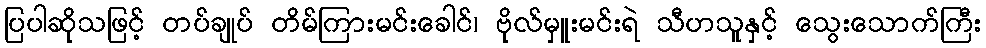
ပြပါဆိုသဖြင့် တပ်ချုပ် တိမ်ကြားမင်းခေါင်၊ ဗိုလ်မှူးမင်းရဲ သီဟသူနှင့် သွေးသောက်ကြီး